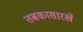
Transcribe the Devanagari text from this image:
तबकासारखे